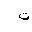
Letter: _tha